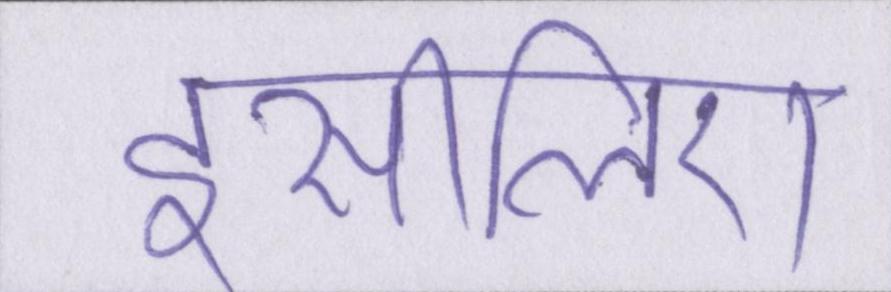
इसीलिए